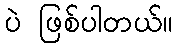
ပဲ ဖြစ်ပါတယ်။